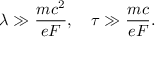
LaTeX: \lambda \gg \frac { m c ^ { 2 } } { e F } , \quad \tau \gg \frac { m c } { e F } .